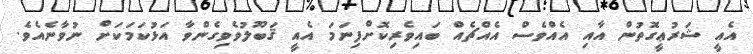
އެއީ ޝަރުޢީގޮތުން އާއި އެއްވެސް އެއްޗެއް ބައިވެރިކޮށްފިނަމަ އެއީ ޤަބޫލުވެވިގެންވާ އަޅުކަމަކަށް ނުވާނެއެވެ.